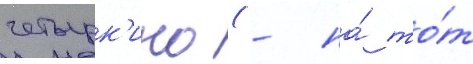
четырк'ино (- на́ то́т